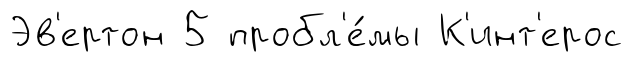
Эв'ертон 5 пробл'е́мы К'инт'ерос